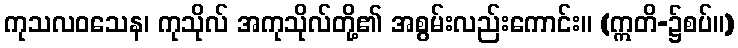
ကုသလဝသေန၊ ကုသိုလ် အကုသိုလ်တို့၏ အစွမ်းလည်းကောင်း။ (ဣတိ-၌စပ်။)